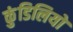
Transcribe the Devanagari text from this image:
कुंडिलियों